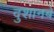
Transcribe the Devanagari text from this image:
दुशानबे